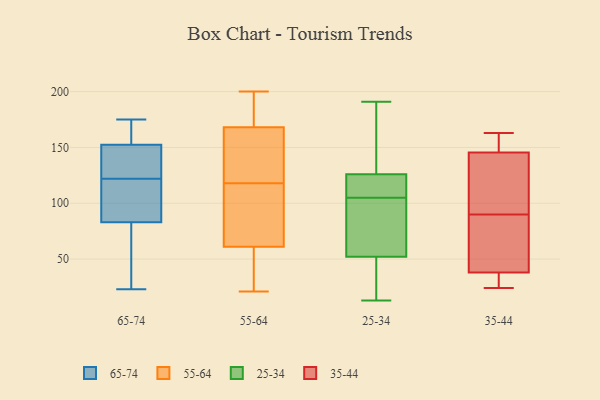
{"axis": {"x": "Backlog", "y": "Value"}, "legend": ["25-34", "35-44", "55-64", "65-74"], "data": [{"x": "", "y": 141, "type": "65-74"}, {"x": "", "y": 114, "type": "65-74"}, {"x": "", "y": 70, "type": "65-74"}, {"x": "", "y": 100, "type": "65-74"}, {"x": "", "y": 164, "type": "65-74"}, {"x": "", "y": 134, "type": "65-74"}, {"x": "", "y": 96, "type": "65-74"}, {"x": "", "y": 130, "type": "65-74"}, {"x": "", "y": 171, "type": "65-74"}, {"x": "", "y": 175, "type": "65-74"}, {"x": "", "y": 23, "type": "65-74"}, {"x": "", "y": 56, "type": "65-74"}, {"x": "", "y": 61, "type": "55-64"}, {"x": "", "y": 186, "type": "55-64"}, {"x": "", "y": 66, "type": "55-64"}, {"x": "", "y": 155, "type": "55-64"}, {"x": "", "y": 144, "type": "55-64"}, {"x": "", "y": 21, "type": "55-64"}, {"x": "", "y": 187, "type": "55-64"}, {"x": "", "y": 90, "type": "55-64"}, {"x": "", "y": 168, "type": "55-64"}, {"x": "", "y": 200, "type": "55-64"}, {"x": "", "y": 161, "type": "55-64"}, {"x": "", "y": 21, "type": "55-64"}, {"x": "", "y": 92, "type": "55-64"}, {"x": "", "y": 34, "type": "55-64"}, {"x": "", "y": 122, "type": "25-34"}, {"x": "", "y": 102, "type": "25-34"}, {"x": "", "y": 13, "type": "25-34"}, {"x": "", "y": 166, "type": "25-34"}, {"x": "", "y": 15, "type": "25-34"}, {"x": "", "y": 119, "type": "25-34"}, {"x": "", "y": 136, "type": "25-34"}, {"x": "", "y": 123, "type": "25-34"}, {"x": "", "y": 158, "type": "25-34"}, {"x": "", "y": 105, "type": "25-34"}, {"x": "", "y": 191, "type": "25-34"}, {"x": "", "y": 73, "type": "25-34"}, {"x": "", "y": 105, "type": "25-34"}, {"x": "", "y": 127, "type": "25-34"}, {"x": "", "y": 23, "type": "25-34"}, {"x": "", "y": 36, "type": "25-34"}, {"x": "", "y": 82, "type": "25-34"}, {"x": "", "y": 89, "type": "25-34"}, {"x": "", "y": 45, "type": "25-34"}, {"x": "", "y": 163, "type": "35-44"}, {"x": "", "y": 36, "type": "35-44"}, {"x": "", "y": 92, "type": "35-44"}, {"x": "", "y": 44, "type": "35-44"}, {"x": "", "y": 40, "type": "35-44"}, {"x": "", "y": 160, "type": "35-44"}, {"x": "", "y": 137, "type": "35-44"}, {"x": "", "y": 88, "type": "35-44"}, {"x": "", "y": 128, "type": "35-44"}, {"x": "", "y": 26, "type": "35-44"}, {"x": "", "y": 154, "type": "35-44"}, {"x": "", "y": 24, "type": "35-44"}]}